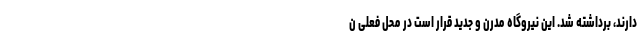
دارند، برداشته شد. این نیروگاه مدرن و جدید قرار است در محل فعلی ن